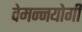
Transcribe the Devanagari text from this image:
वेमन्नयोगी